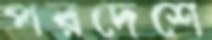
পরদেশে